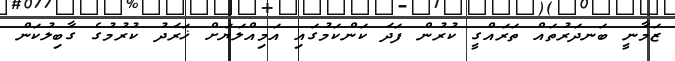
ޒަމާނީ ބަނދަރުތައް ތަރައްގީ ކުރުން ފަދަ ކަންކަމުގައި އަމިއްލަޔަށް ޚަރަދު ކުރުމުގެ ގާބިލުކަން